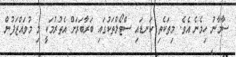
ސާމާނު ހިމެނެ އެވެ. މިތަކެތި ކަނޑައި ސްޓޯލްތަކުގައި ބަރާބަރަށް އެތުރުމަކީ މި މުވައްޒަފުން